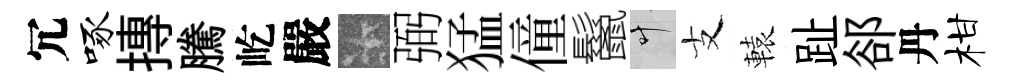
冗啄摶騰屹嚴卡弼猛僮鬣叶支轅趾郤丹柑